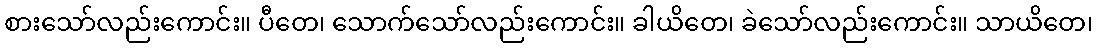
စားသော်လည်းကောင်း။ ပီတေ၊ သောက်သော်လည်းကောင်း။ ခါယိတေ၊ ခဲသော်လည်းကောင်း။ သာယိတေ၊